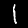
Label: 1